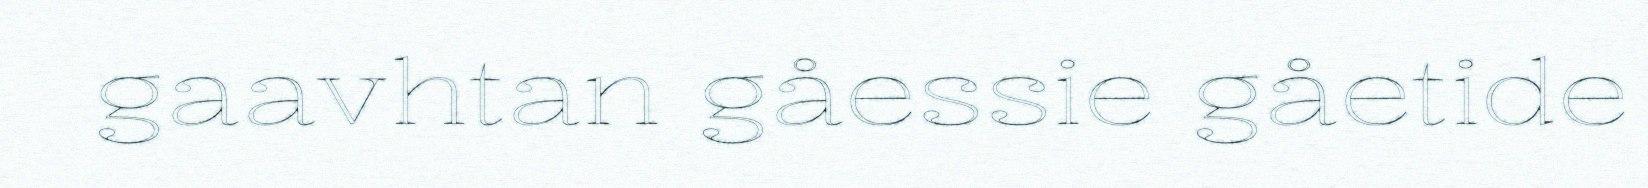
gaavhtan gåessie gåetide